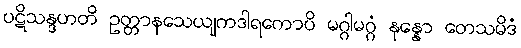
ပဋိသန္ဒဟတိ ဥတ္တာနသေယျကဒါရကောပိ မဂ္ဂါမဂ္ဂံ နုန္နော တေသမိဒံ